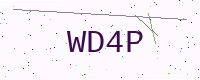
Text: WD4P